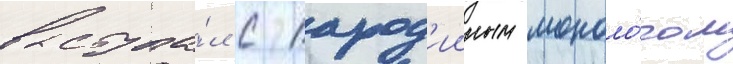
выступа́л с парод'ииным моноло́гом